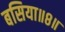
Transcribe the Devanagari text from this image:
बसिया॥८॥